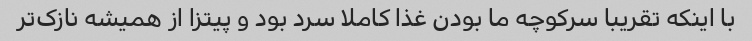
با اینکه تقریبا سرکوچه ما بودن غذا کاملا سرد بود و پیتزا از همیشه نازک‌تر